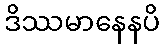
ဒိဿမာနေနပိ